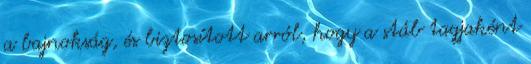
a bajnokság, és biztosított arról, hogy a stáb tagjaként